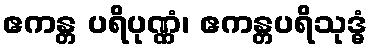
ဧကန္တ ပရိပုဏ္ဏံ၊ ဧကန္တပရိသုဒ္ဓံ